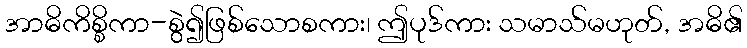
အာဓိကိစ္စိကာ-စွဲ၍ဖြစ်သောစကား၊ ဤပုဒ်ကား သမာသ်မဟုတ်, အဓိ၏